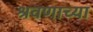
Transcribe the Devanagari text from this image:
श्रवणाच्या